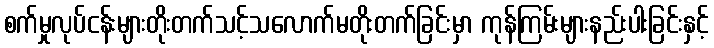
စက်မှုလုပ်ငန်းများတိုးတက်သင့်သလောက်မတိုးတက်ခြင်းမှာ ကုန်ကြမ်းများနည်းပါးခြင်းနှင့်